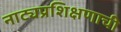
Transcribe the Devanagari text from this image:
नाट्यप्रशिक्षणाची